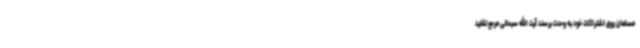
مسلمان روی اشتراکات خود به وحدت برسند آیت الله سبحانی مرجع تقلید